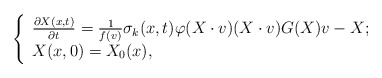
\begin{align*}\left\{\begin{array}{lr}\frac{\partial X(x,t)}{\partial t}=\frac{1}{f(v)}\sigma_{k}(x,t)\varphi(X\cdot v)(X\cdot v)G(X)v-X; \\X(x,0)=X_{0}(x),\end{array}\right.\end{align*}